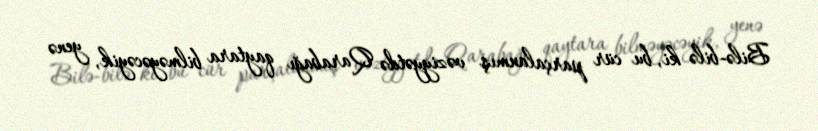
Bilə-bilə ki, bu cür parçalanmış vəziyyətdə Qarabağı qaytara bilməyəcəyik, yenə